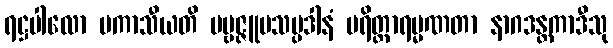
ရဋ္ဌပါလော ပကာသီယတိ ပဗ္ဗဇ္ဇူပသမ္ပဒါနံ ပရိတ္တာရမ္မဏတာ နာဂဒန္တကာဒီသု